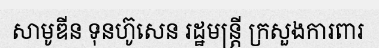
សាមូឌីន ទុនហ៊ូសេន រដ្ឋមន្ត្រី ក្រសួងការពារ